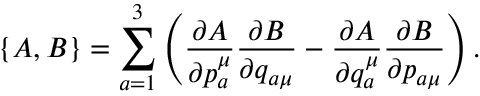
\{ A , B \} = \sum _ { a = 1 } ^ { 3 } \left( \frac { \partial A } { \partial { p _ { a } ^ { \mu } } } \frac { \partial B } { \partial { q _ { a \mu } } } - \frac { \partial A } { \partial { q _ { a } ^ { \mu } } } \frac { \partial B } { \partial { p _ { a \mu } } } \right) .